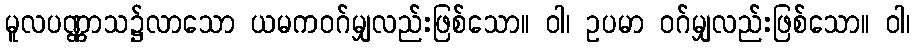
မူလပဏ္ဏာသ၌လာသော ယမကဝဂ်မျှလည်းဖြစ်သော။ ဝါ၊ ဥပမာ ဝဂ်မျှလည်းဖြစ်သော။ ဝါ၊